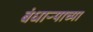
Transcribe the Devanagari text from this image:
बंधाऱ्याच्या